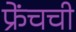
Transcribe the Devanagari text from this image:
फ्रेंचची